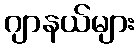
ဂျာနယ်များ